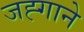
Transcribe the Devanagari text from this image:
जह्गाने